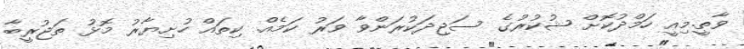
ވާތީ.މިއީ ހަމްދުކޮށް ޝުކުރުގެ ސަޖިދަކުރަންވާ ވަރު ކަމެއް. ކިތައް ހުށިޔާރު މޮޅު ތަޖުރީބާ